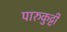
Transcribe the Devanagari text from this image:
पारुकुट्टी